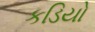
કડિયો